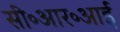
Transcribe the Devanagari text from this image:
सी॰आर॰आई